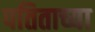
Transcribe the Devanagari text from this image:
पतिताच्या